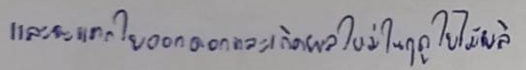
และจะแตกใบออกดอกและเกิดผลใหม่ในฤดูใบไม้ผลิ